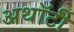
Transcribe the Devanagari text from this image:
अथॉर्टी